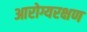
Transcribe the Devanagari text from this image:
आरोग्यरक्षण